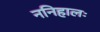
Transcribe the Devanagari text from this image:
ननिहालः